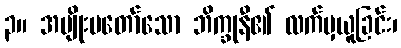
၃။ အမျိုးမတော်သော ဘိက္ခုနီ၏ လက်မှယူခြင်း၊